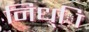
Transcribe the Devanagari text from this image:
निध्ाि